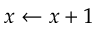
x \gets x + 1